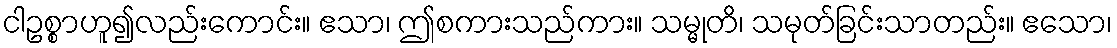
ငါဥစ္စာဟူ၍လည်းကောင်း။ ဧသာ၊ ဤစကားသည်ကား။ သမ္မုတိ၊ သမုတ်ခြင်းသာတည်း။ ဧသော၊